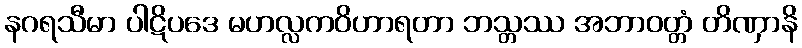
နဂရသီမာ ပါဋိပဒေ မဟလ္လကဝိဟာရတာ ဘသ္တဿ အဘာဝတ္တံ တိဏှာနိ